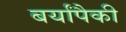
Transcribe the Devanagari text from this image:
बर्यांपैकी